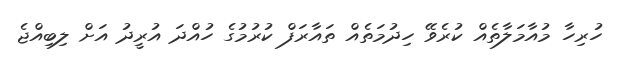
ހުރިހާ މުއާމަލާތެއް ކުރެވޭ ހިދުމަތެއް ތައާރަފް ކުރުމުގެ ހުއްދަ އުރީދު އަށް ލިބިއްޖެ